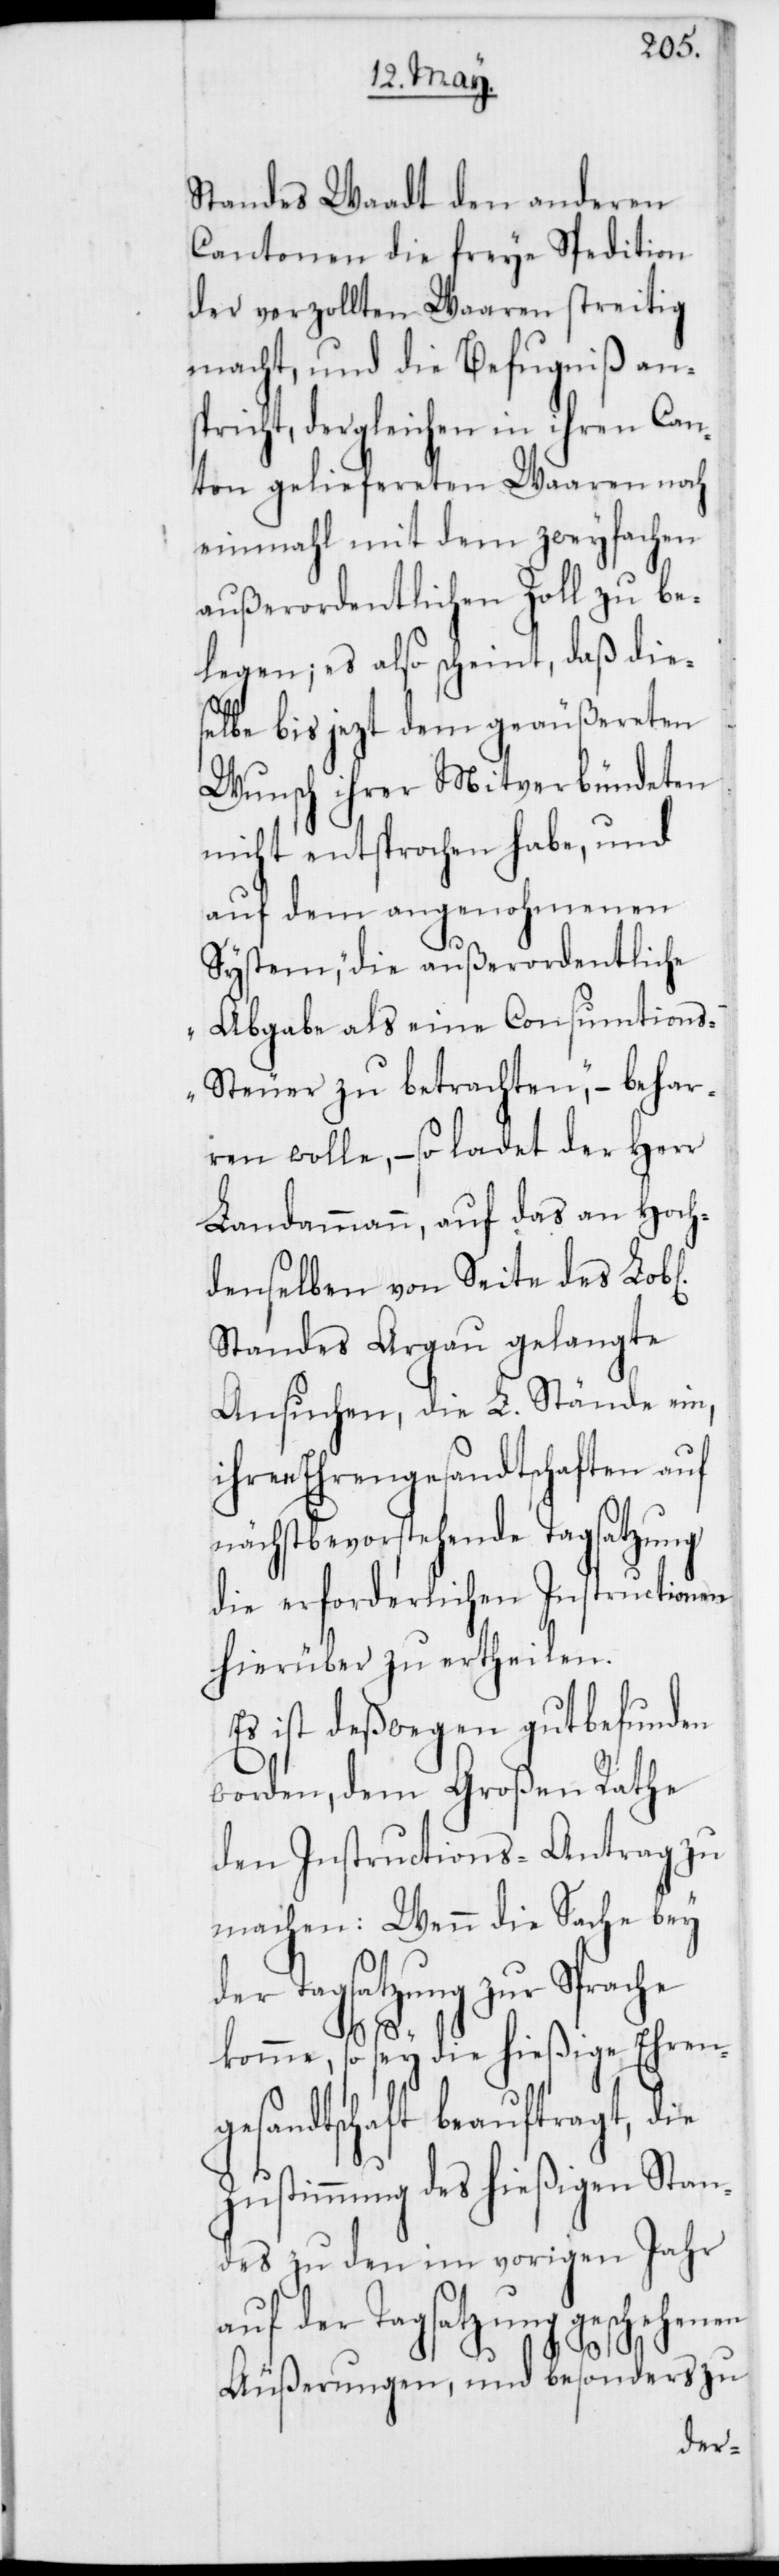
Standes Waadt den anderen
Cantonen die freye Spedition
der verzollten Waaren streitig
macht, und die Befugniß ans¬
pricht, dergleichen in ihren Can¬
ton geliefereten Waaren noch
einmahl mit dem zweyfachen
außerordentlichen Zoll zu be¬
legen; es also scheint, daß die¬
selbe bis jezt dem geäußereten
Wunsch ihrer Mitverbündeten
nicht entsprochen habe, und
auf dem angenohmenen
System, „Die außerordentliche
Abgabe als eine Consumtion¬
s-Steuer zu betrachten“, – behar¬
ren wolle, – so ladet der Herr
Landammann, auf das an Hoch¬
denselben von Seite des Lobl.
Standes Argau gelangte
Ansuchen, die L. Stände ein,
ihren Ehrengesandtschaften auf
nächstbevorstehende Tagsatzung
die erforderlichen Instructionen
hierüber zu ertheilen.
Es ist deßwegen gutbefunden
worden, dem Großen Rathe
den Instructions-Antrag zu
machen: Wenn die Sache bey
der Tagsatzung zur Sprache
komme, so sey die hießige Ehren¬
gesandtschaft beauftragt, die
Zustimmung des hießigen Stan¬
des zu den im vorigen Jahr
auf der Tagsatzung geschehenen
Äußerungen, und besonders zu